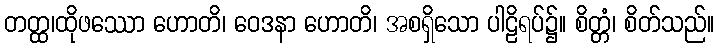
တတ္ထ၊ထိုဖဿော ဟောတိ၊ ဝေဒနာ ဟောတိ၊ အစရှိသော ပါဠိရပ်၌။ စိတ္တံ၊ စိတ်သည်။